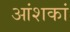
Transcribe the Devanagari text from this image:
आंशकां